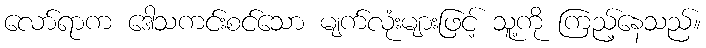
လော်ရာက ဒေါသကင်းစင်သော မျက်လုံးများဖြင့် သူ့ကို ကြည့်နေသည်။